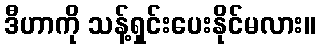
ဒီဟာကို သန့်ရှင်းပေးနိုင်မလား။